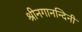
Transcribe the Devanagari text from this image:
श्रीनगानन्दिनी